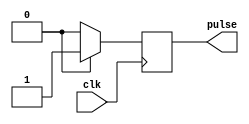
module RisingEdgePulseGenerator (
  input wire clk,
  output reg pulse
);

reg pulse_sync;

always @(posedge clk) begin
  pulse <= 1'b0;
  
  if (timing_condition == 1'b1) begin
    pulse <= 1'b1;
  end
end

always @(posedge clk) begin
  pulse_sync <= pulse;
end

endmodule